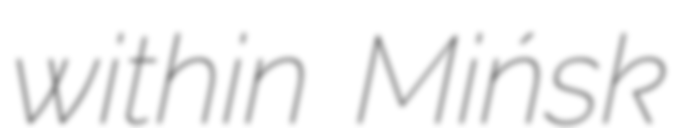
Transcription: within Mińsk